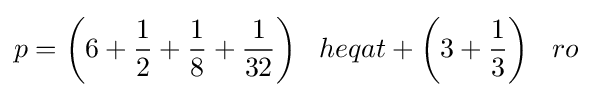
p={\bigg (}6+{\frac {1}{2}}+{\frac {1}{8}}+{\frac {1}{32}}{\bigg )}\;\;\;heqat+{\bigg (}3+{\frac {1}{3}}{\bigg )}\;\;\;ro